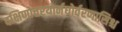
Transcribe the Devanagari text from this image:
दक्षिणोत्तरयोर्नघोर्वरणासिश्च